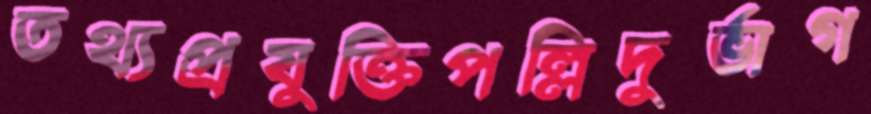
তথ্যপ্রযুক্তিপল্লিদুর্ভাগ